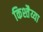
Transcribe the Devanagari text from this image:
किश्तैय्या